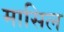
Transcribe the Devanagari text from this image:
मासिल